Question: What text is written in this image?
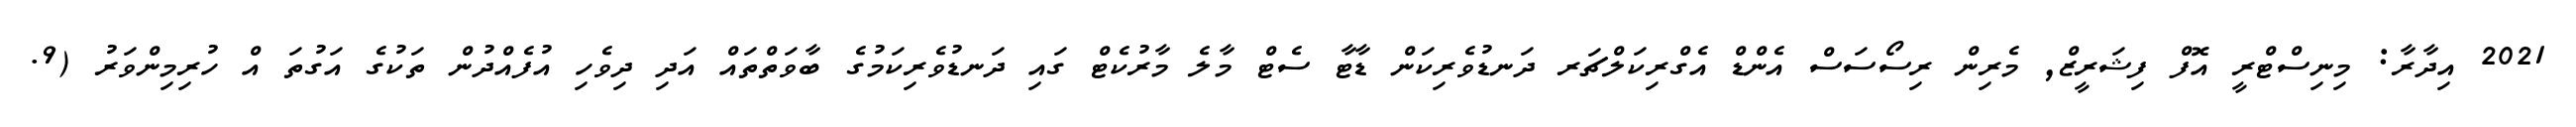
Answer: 2021 އިދާރާ: މިނިސްޓްރީ އޮފް ފިޝަރީޒް, މެރިން ރިސޯސަސް އެންޑް އެގްރިކަލްޗަރ ދަނޑުވެރިކަން ޑާޓާ ސެޓް މާލެ މާރުކެޓް ގައި ދަނޑުވެރިކަމުގެ ބާވަތްތައް އަދި ދިވެހި އުފެއްދުން ތަކުގެ އަގުތަ އް ހުރިމިންވަރު (9.